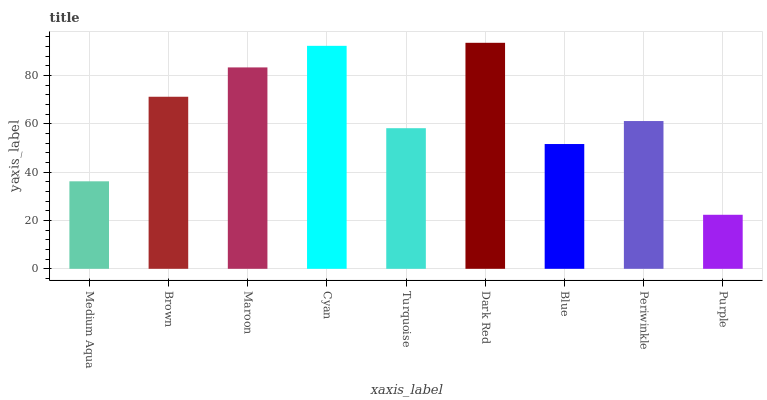
| xaxis_label | bars |
 | --- | --- |
 | Medium Aqua | 36.2 |
 | Brown | 71.2 |
 | Maroon | 83.3 |
 | Cyan | 92.2 |
 | Turquoise | 58.2 |
 | Dark Red | 93.5 |
 | Blue | 51.6 |
 | Periwinkle | 61.1 |
 | Purple | 22.4 |